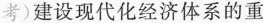
考)建设现代化经济体系的重